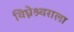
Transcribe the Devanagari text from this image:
विघ्नेश्र्वराला